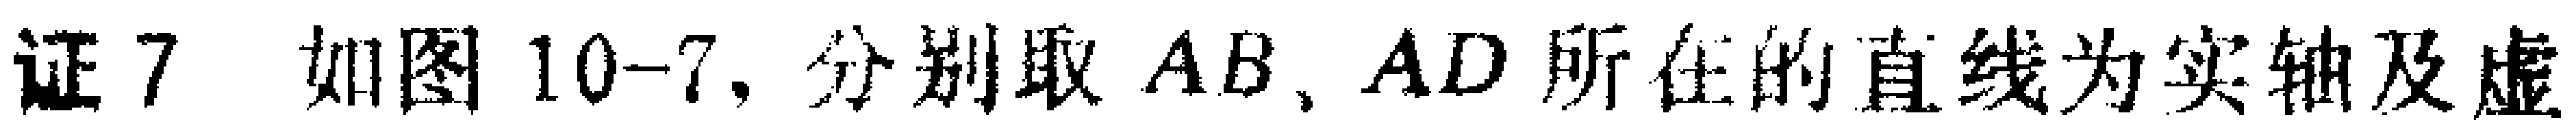
证7 如图10-7, 分别取 \(AB, AD\) 所在的直线为实轴及虚